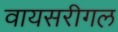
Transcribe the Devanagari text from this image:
वायसरीगल